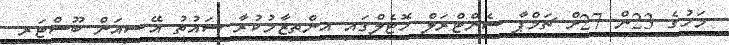
މަހުގެ 23ން 27ށް ޗަމްޕާ ސެންޓްރަލް ހޮޓެލްގައި އިންތިޒާމުކުރާ ސައުތު އޭޝިއަން ބޫސްޓަރ